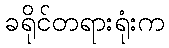
ခရိုင်တရားရုံးက